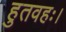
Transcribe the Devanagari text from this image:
हुतवहः।